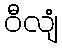
ဝီလျံ